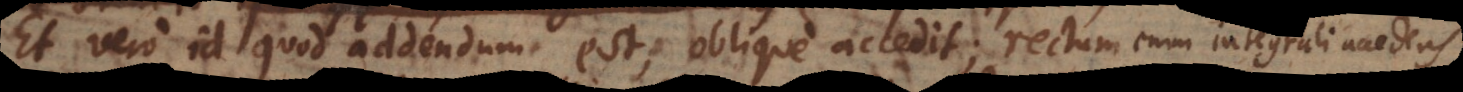
Et vero id quod addendum est, oblique accedit; rectum en